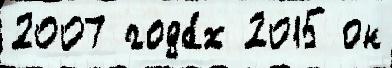
2007 года́х 2015 он